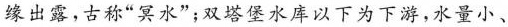
缘出露，古称“冥水”；双塔堡水库以下为下游，水量小、